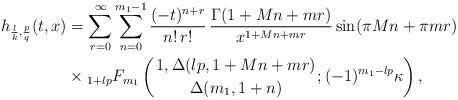
\begin{align*}h_{\frac{l}{k}, \frac{p}{q}}(t, x) &= \sum_{r=0}^{\infty} \sum_{n=0}^{m_{1}-1} \frac{(-t)^{n+r}}{n!\, r!}\, \frac{\Gamma(1 + Mn + mr)}{x^{1+ M n + mr}} \sin(\pi M n + \pi mr) \\& \times {_{1+lp}F_{m_{1}}}\left({1, \Delta(lp, 1 + M n + mr) \atop \Delta(m_{1}, 1+n)}; (-1)^{m_{1} - lp} \kappa\right),\end{align*}